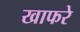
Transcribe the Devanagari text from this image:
खाफरे